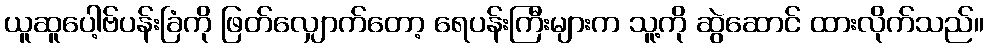
ယူဆူပေါ့ဗ်ပန်းခြံကို ဖြတ်လျှောက်တော့ ရေပန်းကြီးများက သူ့ကို ဆွဲဆောင် ထားလိုက်သည်။